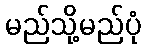
မည်သို့မည်ပုံ